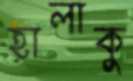
হালাকু